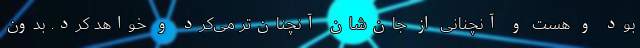
بود و هست و آنچنانی از جان‌شان آنچنان‌تر می‌کرد و خواهد کرد. بدون